Indian journal of veterinary science and animal husbandry - Volume 4,
Year: 1934
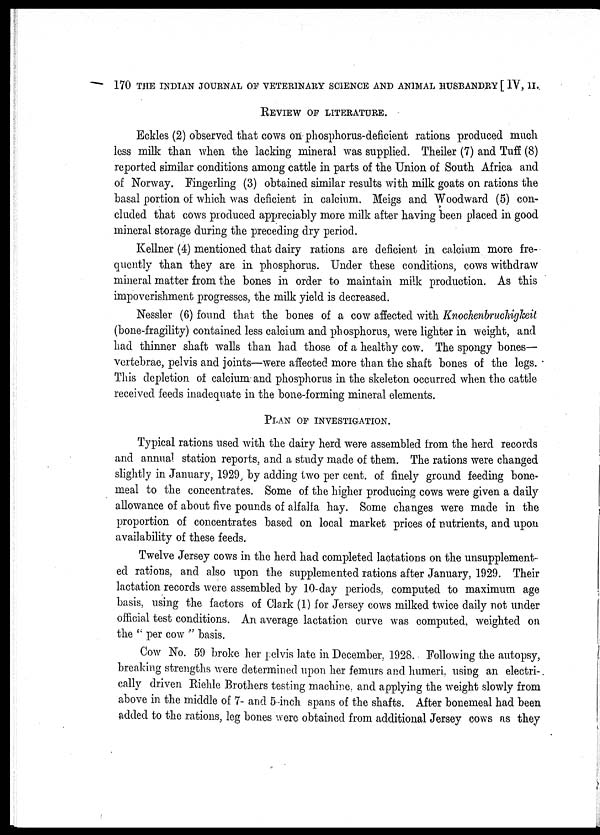
170 THE INDIAN JOURNAL OF VETERINARY SCIENCE AND ANIMAL HUSBANDRY [ IV, II.
REVIEW OF LITERATURE.
Eckles (2) observed that cows on phosphorus-deficient rations produced much
less milk than when the lacking mineral was supplied. Theiler (7) and Tuff (8)
reported similar conditions among cattle in parts of the Union of South Africa and
of Norway. Fingerling (3) obtained similar results with milk goats on rations the
basal portion of which was deficient in calcium. Meigs and Woodward (5) con-
cluded that cows produced appreciably more milk after having been placed in good
mineral storage during the preceding dry period.
Kellner (4) mentioned that dairy rations are deficient in calcium more fre-
quently than they are in phosphorus. Under these conditions, cows withdraw
mineral matter from the bones in order to maintain milk production. As this
impoverishment progresses, the milk yield is decreased.
Nessler (6) found that the bones of a cow affected with Knochenbruchigkeit
(bone-fragility) contained less calcium and phosphorus, were lighter in weight, and
had thinner shaft walls than had those of a healthy cow. The spongy bones—
vertebrae, pelvis and joints—were affected more than the shaft bones of the legs.
This depletion of calcium and phosphorus in the skeleton occurred when the cattle
received feeds inadequate in the bone-forming mineral elements.
PLAN OF INVESTIGATION.
Typical rations used with the dairy herd were assembled from the herd records
and annual station reports, and a study made of them. The rations were changed
slightly in January, 1929, by adding two per cent. of finely ground feeding bone-
meal to the concentrates. Some of the higher producing cows were given a daily
allowance of about five pounds of alfalfa hay. Some changes were made in the
proportion of concentrates based on local market prices of nutrients, and upon
availability of these feeds.
Twelve Jersey cows in the herd had completed lactations on the unsupplement-
ed rations, and also upon the supplemented rations after January, 1929. Their
lactation records were assembled by 10-day periods, computed to maximum age
basis, using the factors of Clark (1) for Jersey cows milked twice daily not under
official test conditions. An average lactation curve was computed, weighted on
the " per cow " basis.
Cow No. 59 broke her pelvis late in December, 1928. Following the autopsy,
breaking strengths were determined upon her femurs and humeri, using an electri-
cally driven Riehle Brothers testing machine, and applying the weight slowly from
above in the middle of 7- and 5-inch spans of the shafts. After bonemeal had been
added to the rations, leg bones were obtained from additional Jersey cows as they